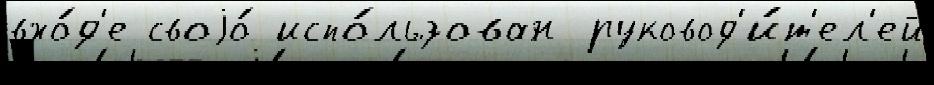
вхо́д'е своjо́ испо́льзован руковод'и́т'ел'ей